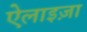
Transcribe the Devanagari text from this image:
ऐलाइज़ा